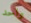
واحد